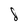
Character: d